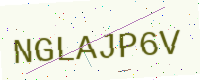
Text: NGLAJP6V